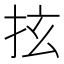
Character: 𢫔